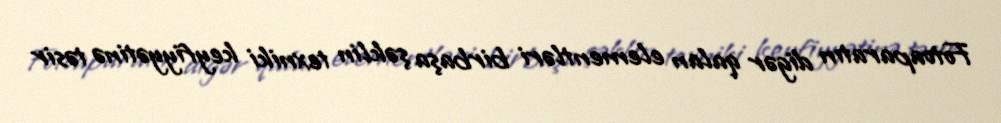
Fotoaparatın digər qalan elementləri birbaşa şəklin texniki keyfiyyətinə təsir